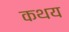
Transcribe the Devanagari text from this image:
कथय